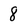
Character: 8